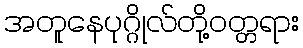
အတူနေပုဂ္ဂိုလ်တို့ဝတ္တရား